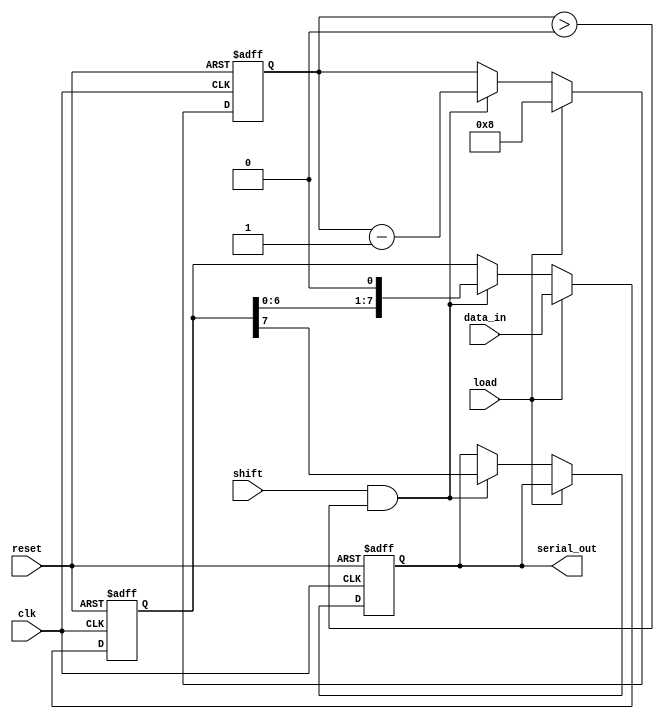
module PISO_Register #(
    parameter n = 8 // Number of parallel data inputs
)(
    input wire clk,
    input wire reset,
    input wire load,
    input wire shift,
    input wire [n-1:0] data_in, // Parallel data inputs
    output reg serial_out // Serial output
);

reg [n-1:0] shift_reg; // Shift register to hold parallel data
reg [3:0] shift_count; // Counter to track the number of shifts

always @(posedge clk or posedge reset) begin
    if (reset) begin
        shift_reg <= 0; // Clear the shift register on reset
        serial_out <= 0; // Clear the serial output
        shift_count <= 0; // Reset the shift counter
    end else begin
        if (load) begin
            shift_reg <= data_in; // Load parallel data into the shift register
            shift_count <= n; // Set the count to the width of the data
        end else if (shift && shift_count > 0) begin
            serial_out <= shift_reg[n-1]; // Output the MSB of the shift register
            shift_reg <= {shift_reg[n-2:0], 1'b0}; // Shift left
            shift_count <= shift_count - 1; // Decrement the shift count
        end
    end
end

endmodule